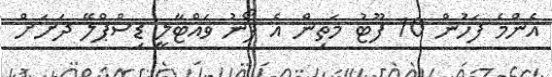
އެންމެ ފަހުން 10 ފޫޓު މަތިން އެ ފޯނު ވައްޓާލީ ޑިސްޕްލޭ ދަށަށް